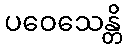
ပဝေသေန္တိ